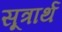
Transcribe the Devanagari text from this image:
सूत्रार्थ